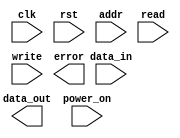
module MemoryBlocks_HBM (
    input wire clk,
    input wire rst,
    input wire [15:0] addr,
    input wire [15:0] data_in,
    output reg [15:0] data_out,
    input wire read,
    input wire write,
    output reg error,
    input wire power_on
);

// High Bandwidth Memory interface
// (interface for high-speed data transfer)

// Memory array organization
// (efficient data storage and retrieval)

// Address decoder
// (accessing specific memory locations)

// Data input/output ports
// (transferring data between HBM and external devices)

// Read and write control signals
// (managing data access operations)

// Error correction and detection mechanisms
// (ensuring data integrity)

// Power management features
// (efficient power usage in the memory blocks)

always @ (posedge clk) begin
    if (rst) begin
        // Reset logic here
    end else begin
        if (read) begin
            // Read operation logic here
        end
        if (write) begin
            // Write operation logic here
        end
    end
end

endmodule